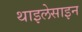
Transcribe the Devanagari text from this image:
थाइलेसाइन